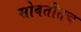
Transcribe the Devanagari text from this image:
सोबतीतच